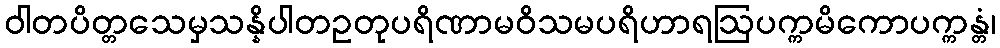
ဝါတပိတ္တသေမှသန္နိပါတဥတုပရိဏာမဝိသမပရိဟာရဩပက္ကမိကောပက္ကန္တံ၊